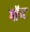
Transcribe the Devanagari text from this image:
गॉण्ट